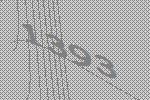
1393